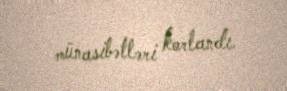
münasibətləri korlandı.